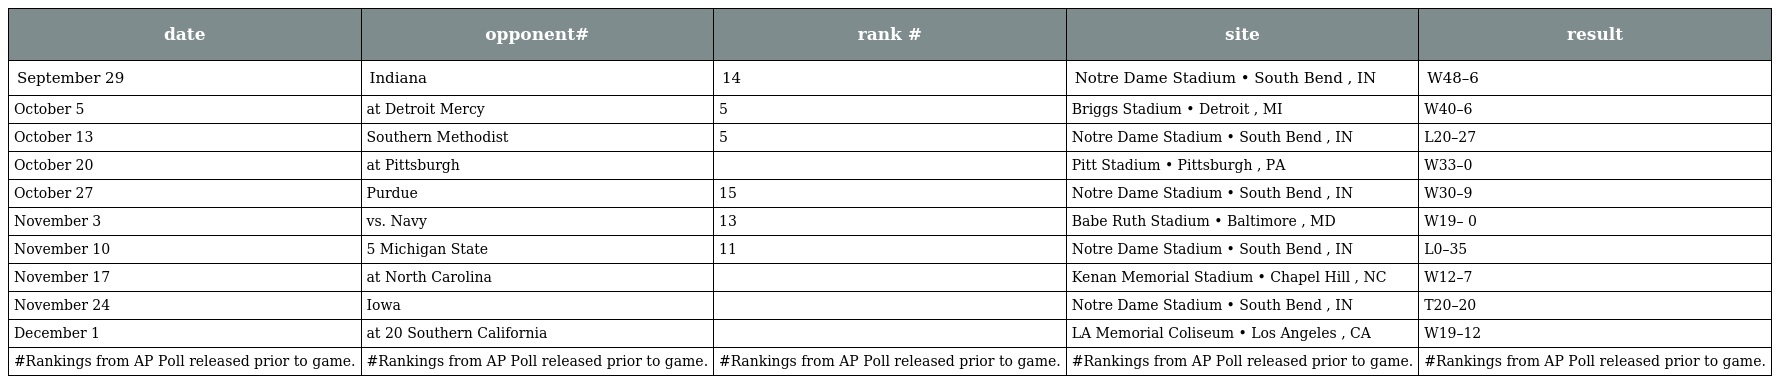
| date | opponent# | rank # | site | result |
 | --- | --- | --- | --- | --- |
 | September 29 | Indiana | 14 | Notre Dame Stadium • South Bend , IN | W48–6 |
 | October 5 | at Detroit Mercy | 5 | Briggs Stadium • Detroit , MI | W40–6 |
 | October 13 | Southern Methodist | 5 | Notre Dame Stadium • South Bend , IN | L20–27 |
 | October 20 | at Pittsburgh |  | Pitt Stadium • Pittsburgh , PA | W33–0 |
 | October 27 | Purdue | 15 | Notre Dame Stadium • South Bend , IN | W30–9 |
 | November 3 | vs. Navy | 13 | Babe Ruth Stadium • Baltimore , MD | W19– 0 |
 | November 10 | 5 Michigan State | 11 | Notre Dame Stadium • South Bend , IN | L0–35 |
 | November 17 | at North Carolina |  | Kenan Memorial Stadium • Chapel Hill , NC | W12–7 |
 | November 24 | Iowa |  | Notre Dame Stadium • South Bend , IN | T20–20 |
 | December 1 | at 20 Southern California |  | LA Memorial Coliseum • Los Angeles , CA | W19–12 |
 | #Rankings from AP Poll released prior to game. | #Rankings from AP Poll released prior to game. | #Rankings from AP Poll released prior to game. | #Rankings from AP Poll released prior to game. | #Rankings from AP Poll released prior to game. |